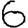
Digit: 6